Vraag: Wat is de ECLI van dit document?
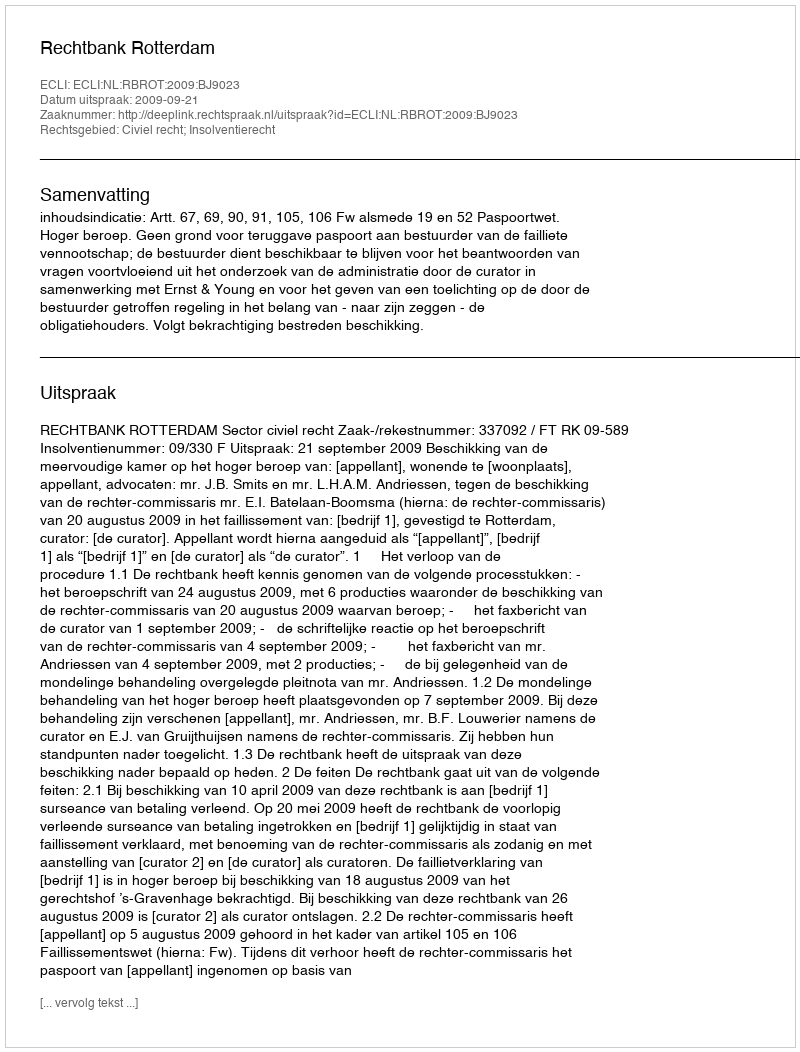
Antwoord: ECLI:NL:RBROT:2009:BJ9023